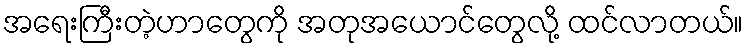
အရေးကြီးတဲ့ဟာတွေကို အတုအယောင်တွေလို့ ထင်လာတယ်။